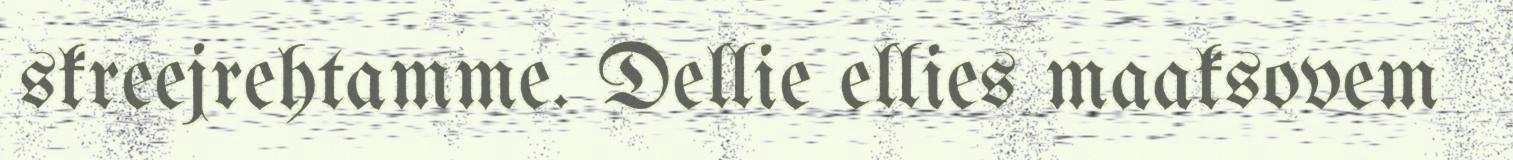
skreejrehtamme. Dellie ellies maaksovem